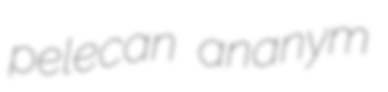
pelecan ananym